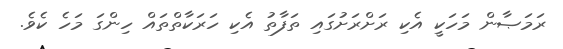
ރަމަޞާން މަހަކީ އެކި ރަށްރަށުގައި ތަފާތު އެކި ހަރަކާތްތައް ހިންގަ މަހެ ކެވެ.